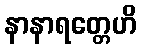
နာနာရတ္တေဟိ